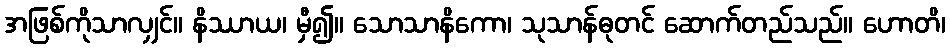
အဖြစ်ကိုသာလျှင်။ နိဿာယ၊ မှီ၍။ သောသာနိကော၊ သုသာန်ဓုတင် ဆောက်တည်သည်။ ဟောတိ၊